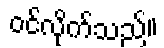
ဝင်လိုက်သည်။